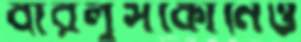
বারলুসকোনিও